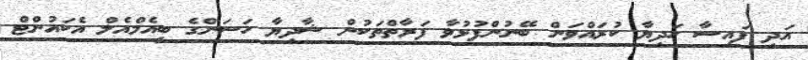
އަދި ފައިސާ ހަދިޔާ ކުރައްވަން ބޭނުންފުޅުވާ ފަރާތްތަކުން ޝާދިޔާ ހަސަންގެ ބީއެމްއެލް އެކައުންޓް